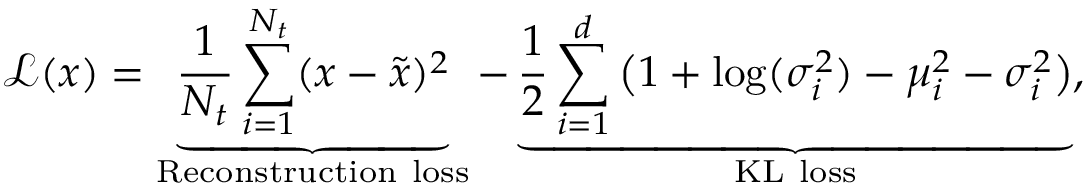
\mathcal { L } ( \boldsymbol { x } ) = \underbrace { \frac { 1 } { N _ { t } } \sum _ { i = 1 } ^ { N _ { t } } ( \boldsymbol { x } - \tilde { \boldsymbol { x } } ) ^ { 2 } } _ { \mathrm { R e c o n s t r u c t i o n ~ l o s s } } - \underbrace { \frac { 1 } { 2 } \sum _ { i = 1 } ^ { d } \big ( 1 + \log ( \sigma _ { i } ^ { 2 } ) - \mu _ { i } ^ { 2 } - \sigma _ { i } ^ { 2 } \big ) } _ { \mathrm { K L ~ l o s s } } ,